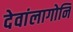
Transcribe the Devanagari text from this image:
देवांलागोनि